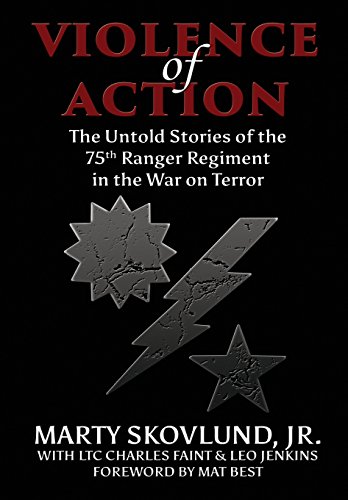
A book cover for Violence of Action: The Untold Stories of the 75th Ranger Regiment in the War on Terror; Marty Skovlund Jr.; History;